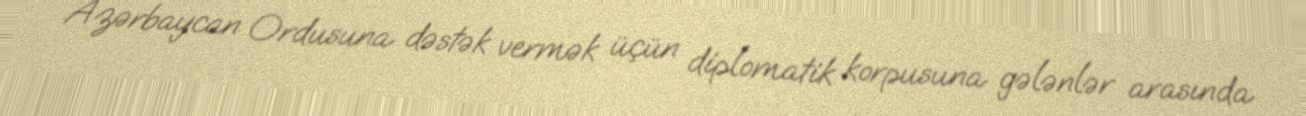
Azərbaycan Ordusuna dəstək vermək üçün diplomatik korpusuna gələnlər arasında